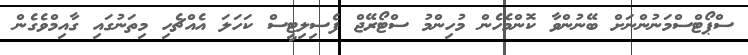
ސްޕޯޓްސްމަނުންނަށް ބޭނުންވާ ކޮންމެހެން މުހިންމު ސްޓޯރޭޖް ފެސިލިޓީސް ކަހަލަ އެއްޗެހި މިތަނުގައި ގާއިމްވެގެން